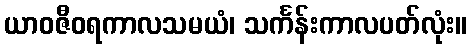
ယာဝဇီဝရကာလသမယံ၊ သင်္ကန်းကာလပတ်လုံး။